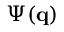
\Psi ( \mathbf { q } )